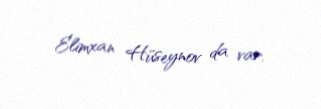
Elimxan Hüseynov da var.